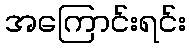
အကြောင်းရင်း